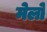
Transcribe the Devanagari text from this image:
मेलोें